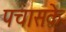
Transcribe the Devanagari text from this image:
पचासके